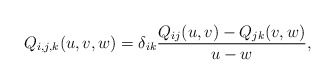
\begin{align*} Q_{i,j,k}(u,v,w) = \delta_{ik}\frac{Q_{ij}(u,v)-Q_{jk}(v,w)}{u-w}, \end{align*}